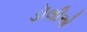
ડૉલીએ